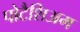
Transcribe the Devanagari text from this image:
पोटैशिअम